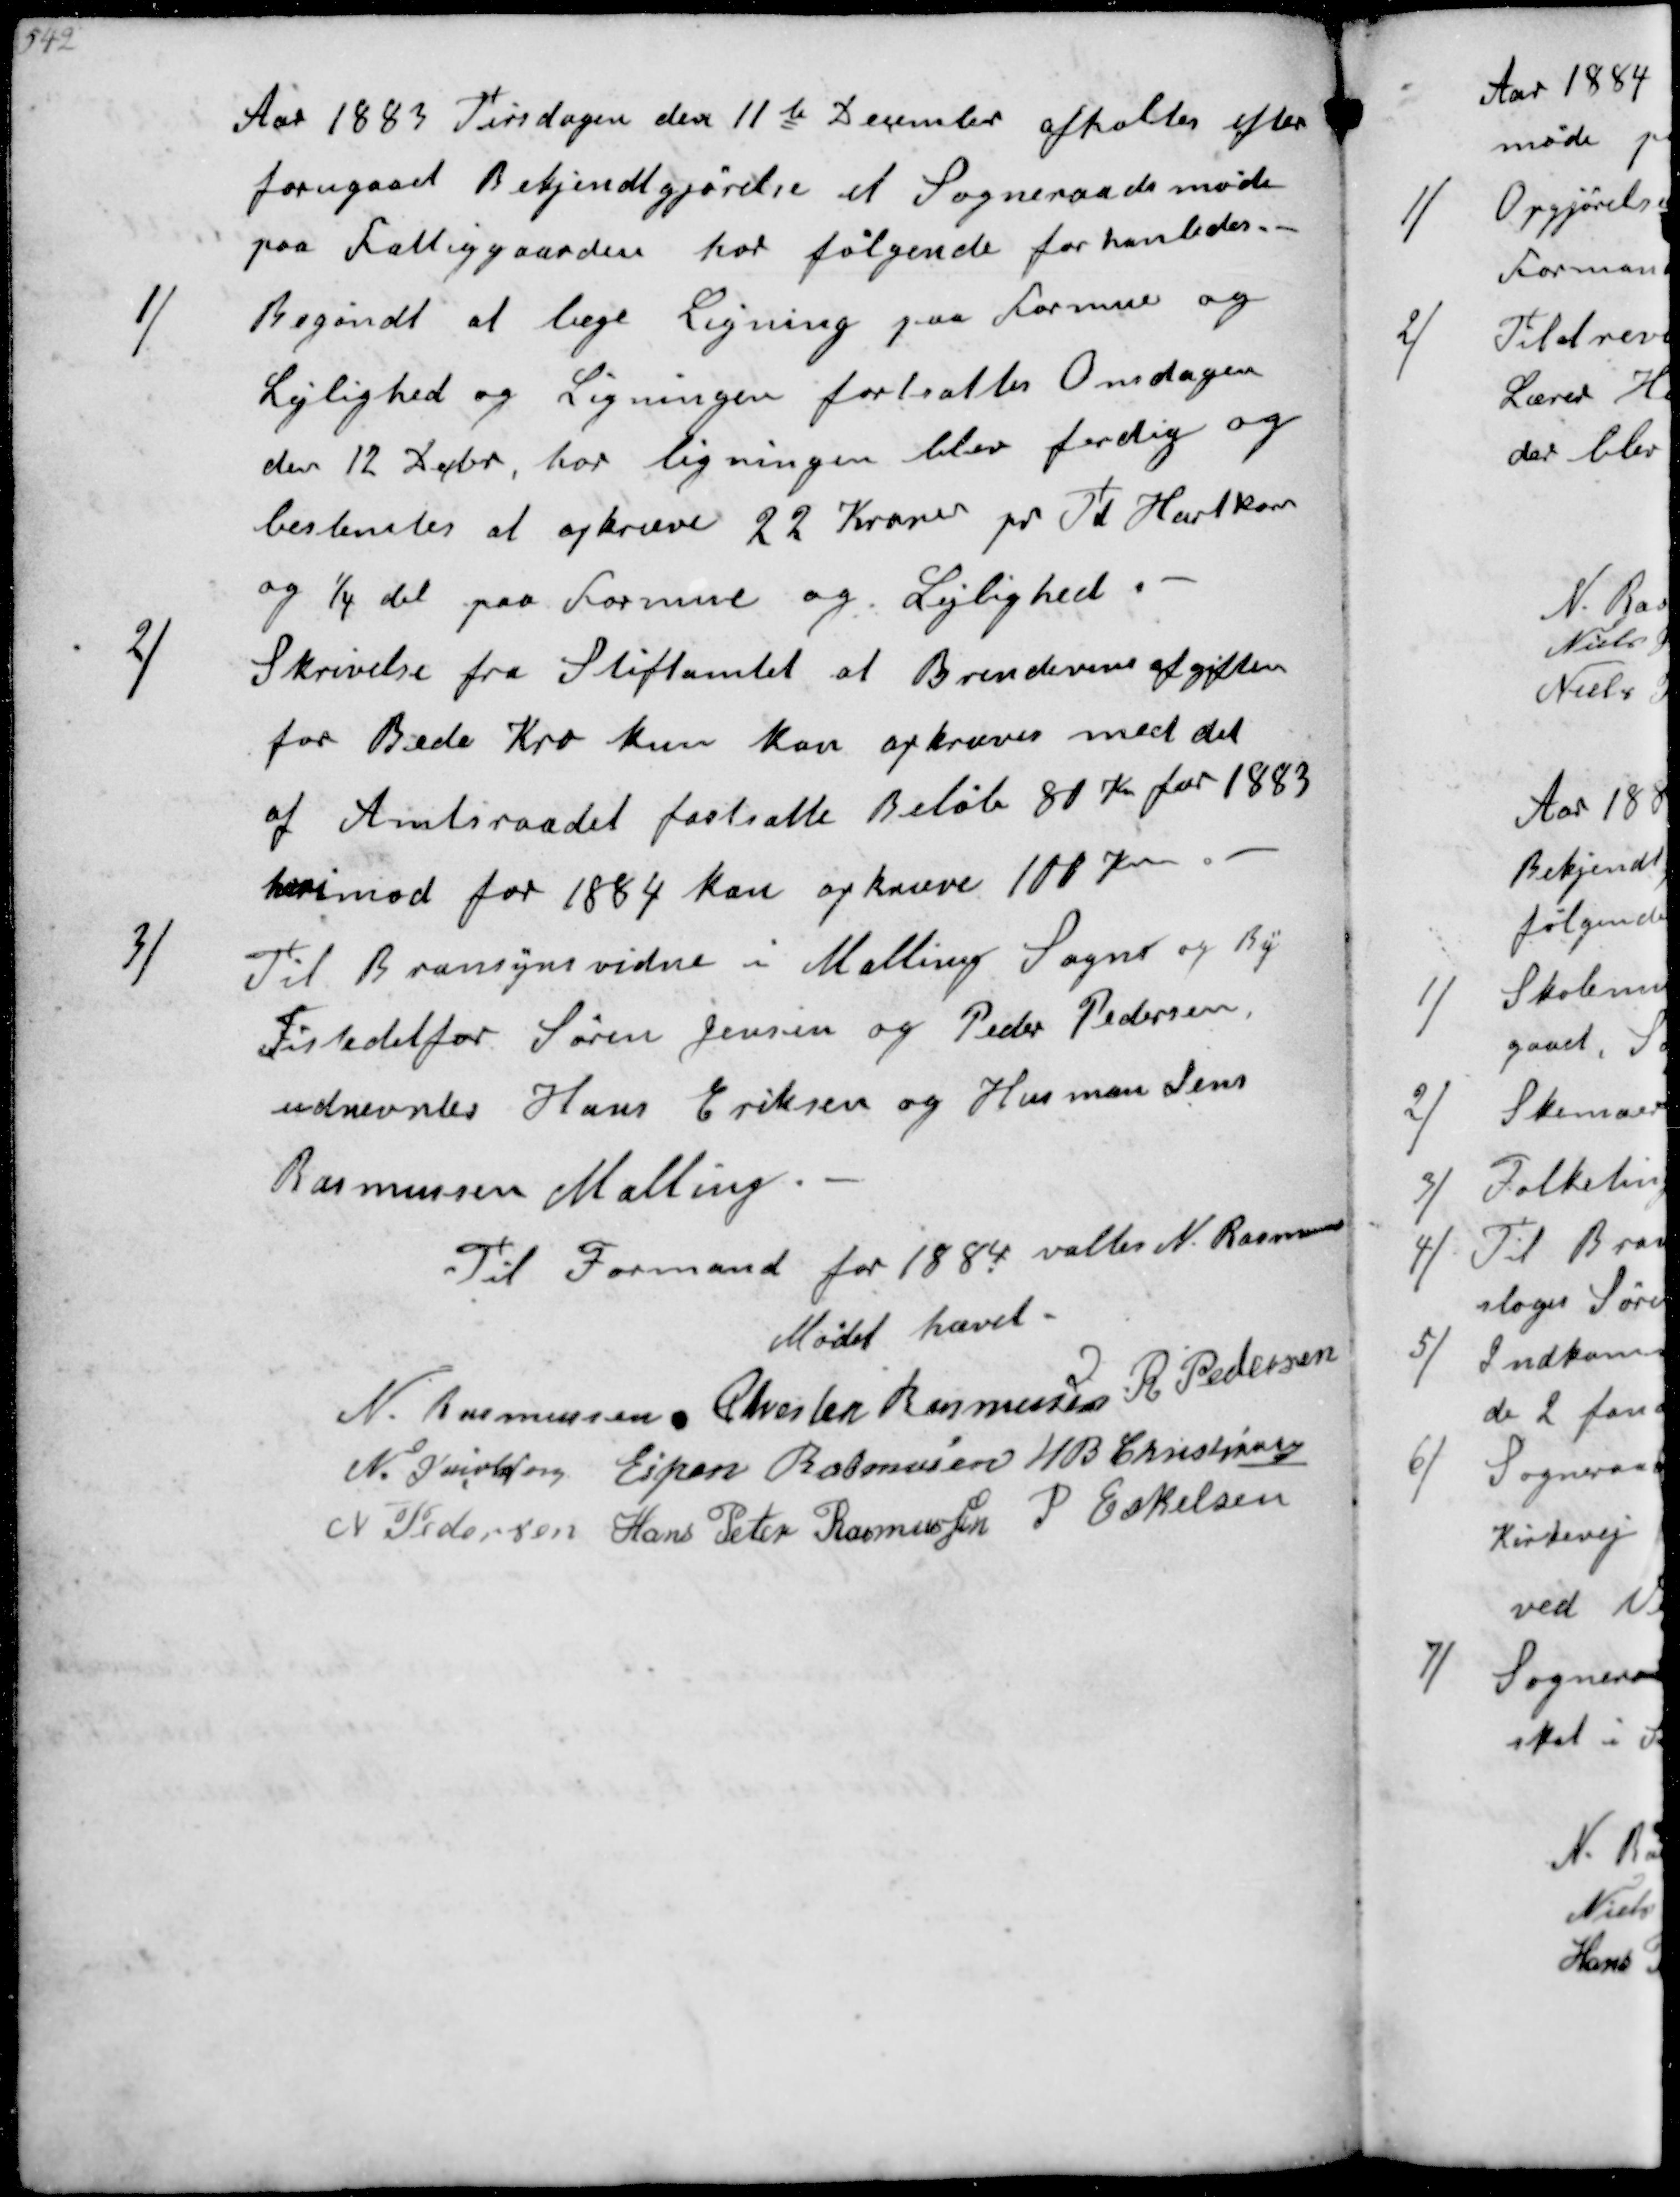
Transskription:
Aar 1883 Tirsdagen den 11te December afholtes efter
forugaaet Bekjendtgørelse et Sogneraadsmøde
paa Fattiggaarden hor følgende forhanledes
1/
Begøndt at læge Ligning paa Formue og
Lejlighed og Ligningen fortsattes Onsdagen
den 12 Debr, hor ligningen blev ferdig og
bestemtes at opkræve 22 kroner pr Td Hartkorn
og 1/4 del paa Formue og Lejlighed.
2/
Skrivelse fra Stiftamtet at Brendevins afgiften
for Bede Kro kun kan opkræves med det
af Amtsraadet fastsatte Beløb 80 Kr for 1883
herimod for 1884 kan opkræve 100 Kr
3/
Til Bransynsvidne i Malling Sognt og By
F istedetfor Søren Jensen og Peder Pedersen
udnevntes Hans Eriksen og Husman Jens
Rasmussen Malling.
Til Formand for 1884 valtes N. Rasmusse
Mødet hævet.
N. Rasmussen
Chresten Rasmussen
N. Pedersen
N.Jacobsen
Espen Rasmussen
HB Christjansen
N Pedersen
Hans Peter Rasmussen
P Eskelsen